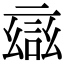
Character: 𮘎